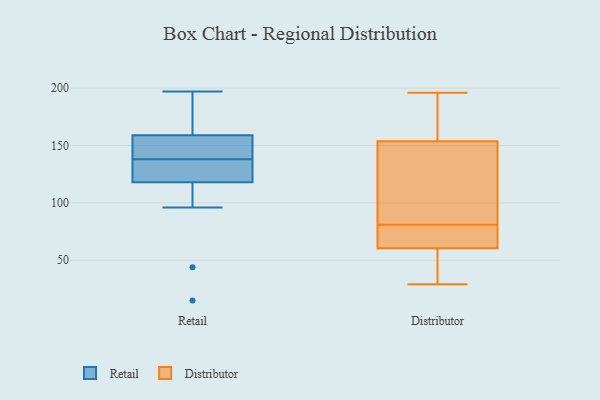
{"axis": {"x": "Market Share (%)", "y": "Value"}, "legend": ["Distributor", "Retail"], "data": [{"x": "", "y": 158, "type": "Retail"}, {"x": "", "y": 118, "type": "Retail"}, {"x": "", "y": 44, "type": "Retail"}, {"x": "", "y": 96, "type": "Retail"}, {"x": "", "y": 123, "type": "Retail"}, {"x": "", "y": 191, "type": "Retail"}, {"x": "", "y": 197, "type": "Retail"}, {"x": "", "y": 159, "type": "Retail"}, {"x": "", "y": 126, "type": "Retail"}, {"x": "", "y": 141, "type": "Retail"}, {"x": "", "y": 187, "type": "Retail"}, {"x": "", "y": 137, "type": "Retail"}, {"x": "", "y": 15, "type": "Retail"}, {"x": "", "y": 139, "type": "Retail"}, {"x": "", "y": 61, "type": "Distributor"}, {"x": "", "y": 43, "type": "Distributor"}, {"x": "", "y": 196, "type": "Distributor"}, {"x": "", "y": 59, "type": "Distributor"}, {"x": "", "y": 151, "type": "Distributor"}, {"x": "", "y": 29, "type": "Distributor"}, {"x": "", "y": 180, "type": "Distributor"}, {"x": "", "y": 112, "type": "Distributor"}, {"x": "", "y": 71, "type": "Distributor"}, {"x": "", "y": 56, "type": "Distributor"}, {"x": "", "y": 153, "type": "Distributor"}, {"x": "", "y": 189, "type": "Distributor"}, {"x": "", "y": 66, "type": "Distributor"}, {"x": "", "y": 145, "type": "Distributor"}, {"x": "", "y": 156, "type": "Distributor"}, {"x": "", "y": 81, "type": "Distributor"}, {"x": "", "y": 79, "type": "Distributor"}]}